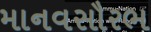
માનવસૌરભ